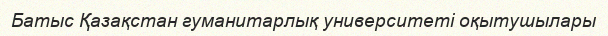
Батыс Қазақстан гуманитарлық университеті оқытушылары